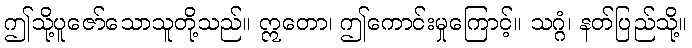
ဤသို့ပူဇော်သောသူတို့သည်။ ဣတော၊ ဤကောင်းမှုကြောင့်။ သဂ္ဂံ၊ နတ်ပြည်သို့။